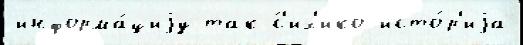
информа́циjу так ́с'их'ико исто́р'иjа